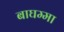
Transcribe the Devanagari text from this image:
बाघम्मा